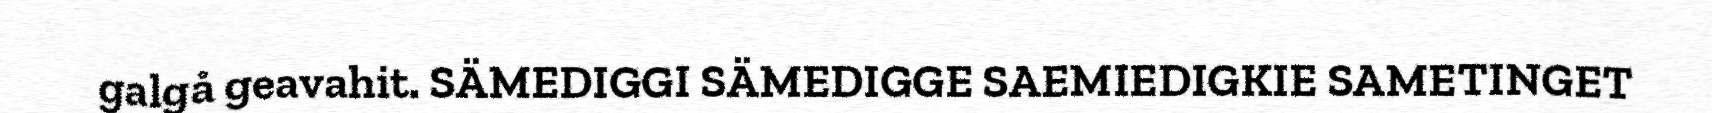
galgå geavahit. SÄMEDIGGI SÄMEDIGGE SAEMIEDIGKIE SAMETINGET